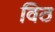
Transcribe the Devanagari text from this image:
विठ